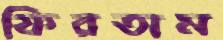
ফিরতাম